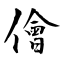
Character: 儈